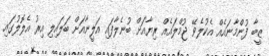
ޒީބާ ފުންމާނައެއް އެކުލެވޭ ޖުމްލައެއް ރިޔާއަށް ބުނެލާފައި އަލީނާއަށް ބަލައިލި އިރު އެލޮލުގައި